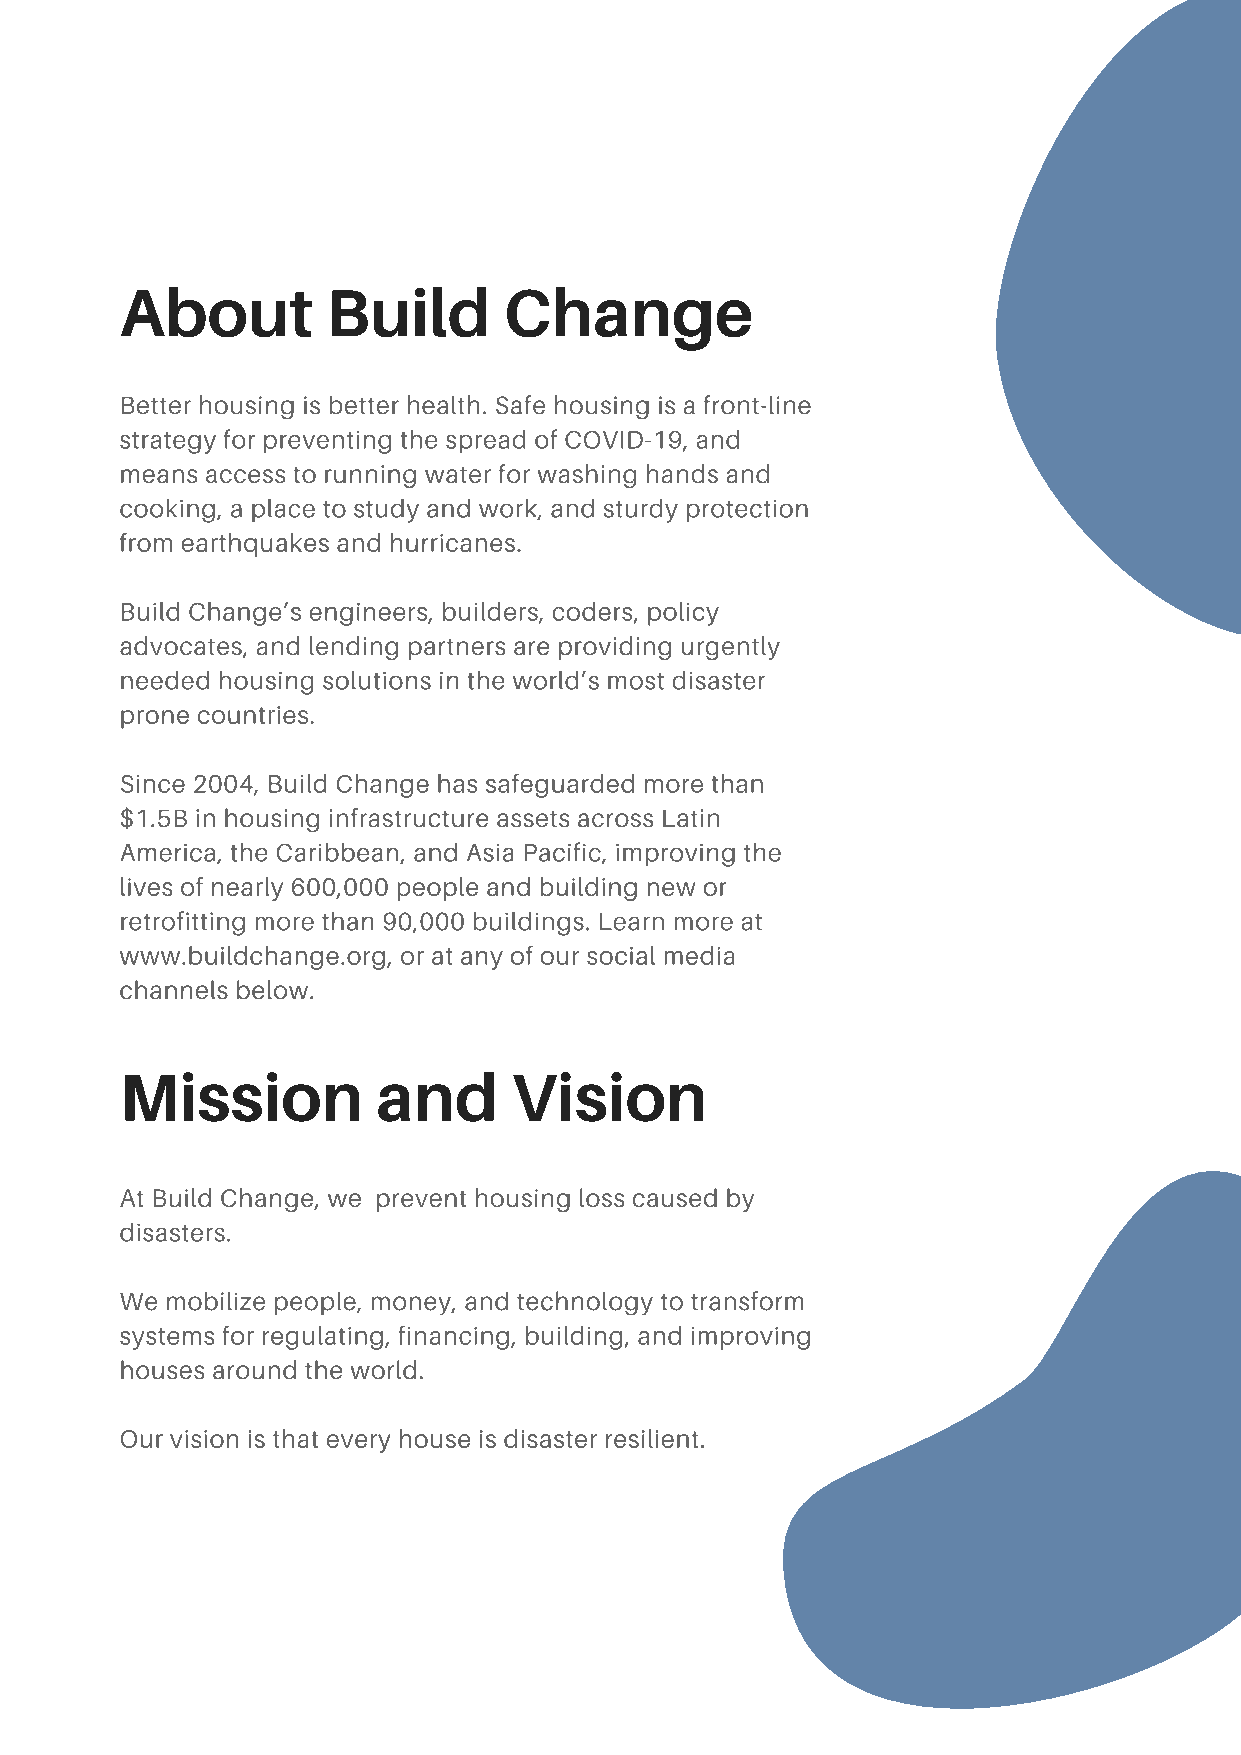
0
 2
 About         Build      Change
 Better housing is better health. Safe housing is a front-line
 strategy for preventing the spread of COVID-19, and
 means access to running water for washing hands and
 cooking, a place to study and work, and sturdy protection
 from earthquakes and hurricanes.
 Build Change’s engineers, builders, coders, policy
 advocates, and lending partners are providing urgently
 needed housing solutions in the world’s most disaster
 prone countries.
 Since 2004, Build Change has safeguarded more than
 $1.5B in housing infrastructure assets across Latin
 America, the Caribbean, and Asia Pacific, improving the
 lives of nearly 600,000 people and building new or
 retrofitting more than 90,000 buildings. Learn more at
 www.buildchange.org, or at any of our social media
 channels below.
 Mission          and      Vision
 At Build Change, we prevent housing loss caused by
 disasters.
 We mobilize people, money, and technology to transform
 systems for regulating, financing, building, and improving
 houses around the world.
 Our vision is that every house is disaster resilient.